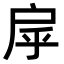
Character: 𢨽